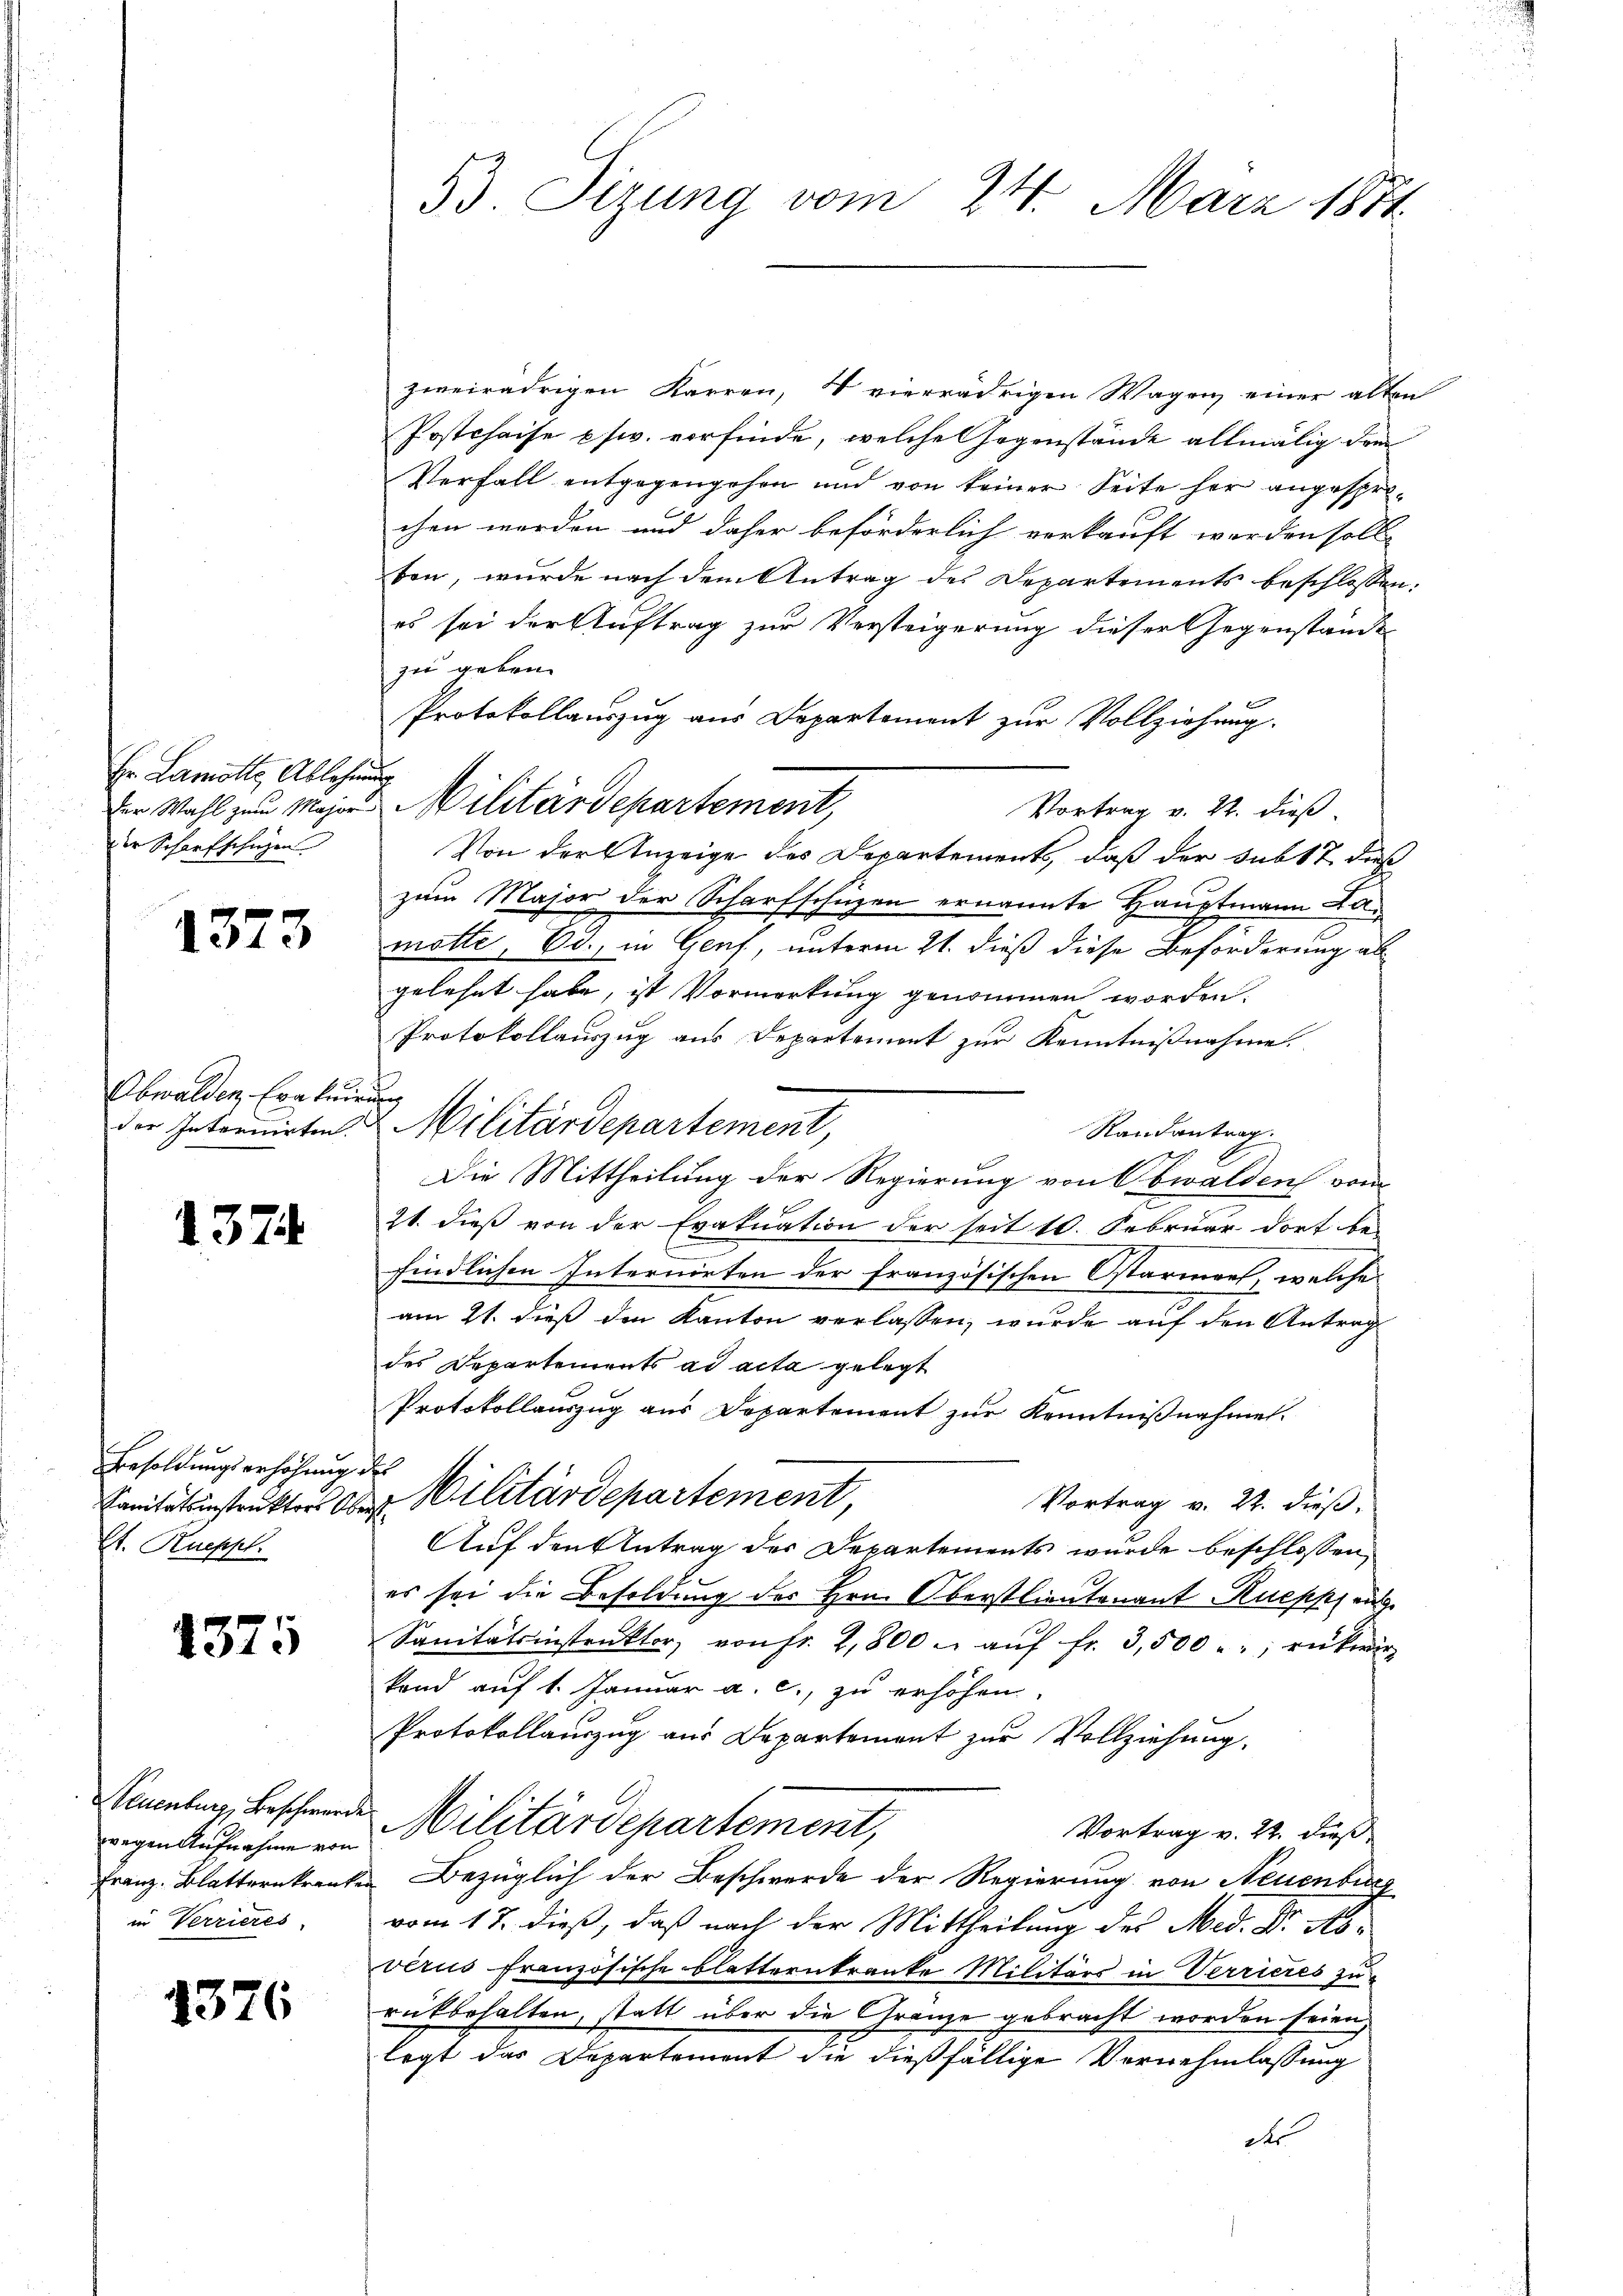
Er Lamolte Ablehen
Der Wahl zum Major
der Scharfschüzen

1373

Obwalden Erkun
der Internirten.

1374

Besoldungserhöhung
Sanitätsinstruktors Ober¬
St. Rueppl

4375

43.

Neuenburg, Beschwerde
wegen Aufnahme von
Franz. Blatternkranke
in Verrieres,

6

53. Sizung vom 24. März 1871

zweirädrigen Karren, 4 vierrädrigen Wagen einer alten
Postchaise pfwv. vorfinde, welche Gegenstände allmälig drei
Verfall entgegengehen und von keiner Seite her angesprochen werden und daher beförderlich verkauft werden soll.
von, wurde nach dem Antrag des Departements beschlossen.
es sei der Auftrag zur Versteigerung dieser Gegenstände
zu geben.
Protokollauszug aus Departement zur Vollziehung.
s
Militärdepartement,
Vortrag v. 22. dieß
Von der Anzeige des Departements, daß der subst dies
zum Major der Scharfschüzen ernannte Hauptmann Lamatte, Ed., in Genf, unterm 21. dieß diese Beförderung als
gelehnt habe, ist Vormerkung genommen worden.
Protokollauszug aus Departement zur Kenntnißnahme.
.
Militärdepartement,
Randantrag.
Die Mittheilung der Regierung von Obwalden vom
21. dieß von der Evakuation der seit 10. Februar dort be-
findlichen Internirten der französischen Ostarmens, welche
am 21. dieß den Kanton verlassen, wurde auf den Antrag
des Departements ad acta gelegt
Protokollauszug aus Departement zur Kenntnißnahmen.
2
Militärdepartement
Vortrag v. 22. dieß,
Auf den Antrag der Departements wurde beschlossen,
es sei die Besoldung des Hrn. Oberstlieutenant Ruepp au
Sanitätsinstrŭktor, von fr. 2,800 u aŭf fr. 3,500. rükwir
kand auf 1. Januar a. c., zu erhöhen,
Protokollauszug aus Departement zur Vollziehung.
Militärdepartement,
Vortrag v. 22. dieß
Bezüglich der Beschwerde der Regierung von Neuenburg
vom 17. dieß, daß nach der Mittheilung des Med. Dr Rovérus französische Blatternkranke Militärs in Verrieres zurükbehalten, statt über die Gränze gebracht worden seien,
legt das Departement die dießfällige Vernehmlassung
des